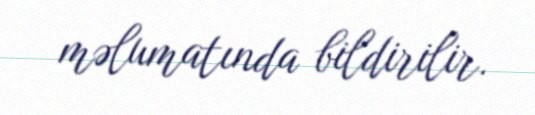
məlumatında bildirilir.